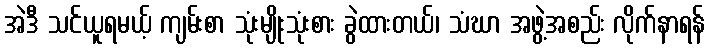
အဲဒီ သင်ယူရမယ့် ကျမ်းစာ သုံးမျိုးသုံးစား ခွဲထားတယ်၊ သံဃာ အဖွဲ့အစည်း လိုက်နာရန်